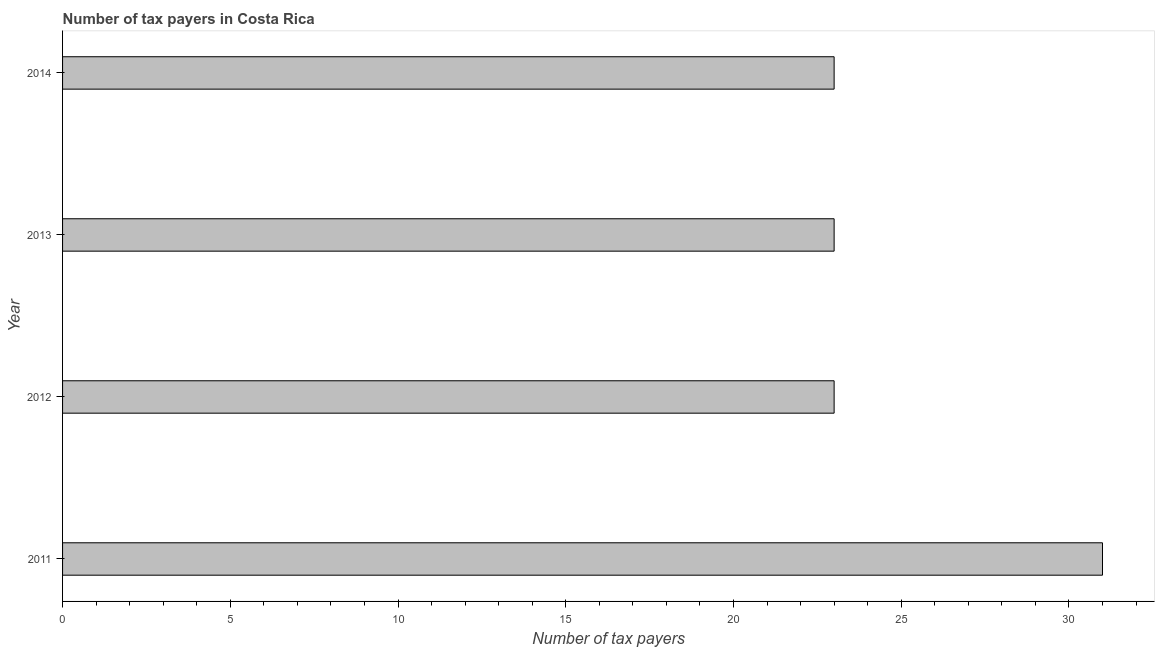
| Year | Tax payments |
 | --- | --- |
 | 2011 | 31 |
 | 2012 | 23 |
 | 2013 | 23 |
 | 2014 | 23 |